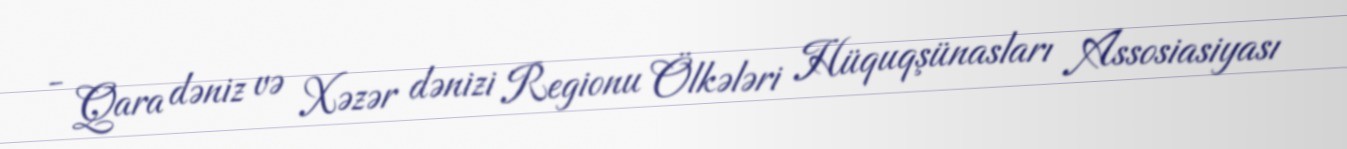
- Qara dəniz və Xəzər dənizi Regionu Ölkələri Hüquqşünasları Assosiasiyası